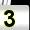
Digit: 3